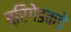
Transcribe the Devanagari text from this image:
ब्रिगेडकडे